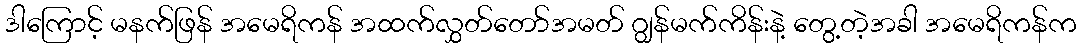
ဒါကြောင့် မနက်ဖြန် အမေရိကန် အထက်လွှတ်တော်အမတ် ဂျွန်မက်ကိန်းနဲ့ တွေ့တဲ့အခါ အမေရိကန်က